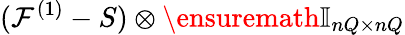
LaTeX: (\mathcal F^{(1)}-S)\otimes\ensuremath{\mathbb{I}_{nQ\times nQ}}